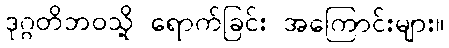
ဒုဂ္ဂတိဘဝသို့ ရောက်ခြင်း အကြောင်းများ။